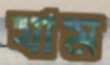
যাম